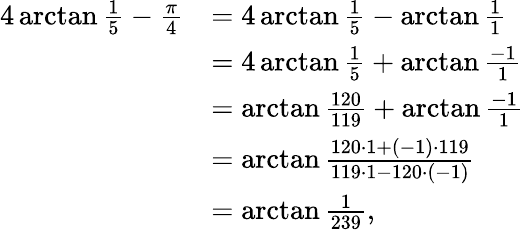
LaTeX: {\begin{array}{rl}{4\arctan{\frac{1}{5}}-{\frac{\pi}{4}}}&{=4\arctan{\frac{1}{5}}-\arctan{\frac{1}{1}}}\\ &{=4\arctan{\frac{1}{5}}+\arctan{\frac{-1}{1}}}\\ &{=\arctan{\frac{120}{119}}+\arctan{\frac{-1}{1}}}\\ &{=\arctan{\frac{120\cdot 1+(-1)\cdot 119}{119\cdot 1-120\cdot(-1)}}}\\ &{=\arctan{\frac{1}{239}},}\end{array}}